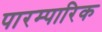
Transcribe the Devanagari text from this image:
पारम्पारिक